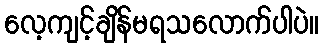
လေ့ကျင့်ချိန်မရသလောက်ပါပဲ။